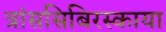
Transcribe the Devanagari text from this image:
त्रांससिबिरस्काया